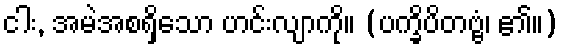
ငါး, အမဲအစရှိသော ဟင်းလျာကို။ (ပက္ခိပိတဗ္ဗံ၊ ၏။)